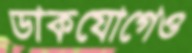
ডাকযোগেও